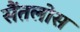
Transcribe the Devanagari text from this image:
सैंतलोस